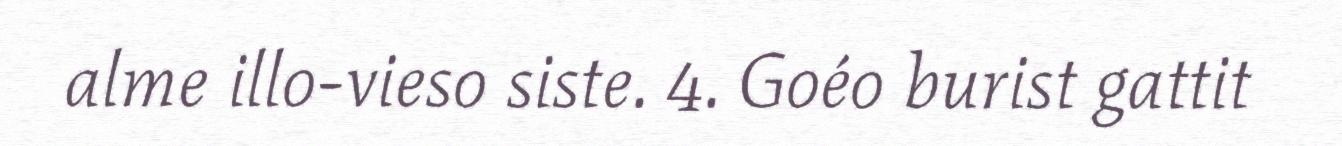
alme illo-vieso siste. 4. Goéo burist gattit